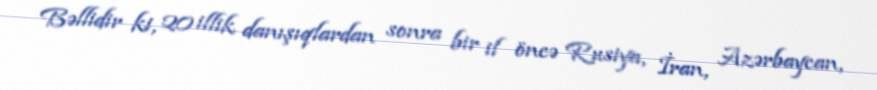
Bəllidir ki, 20 illik danışıqlardan sonra bir il öncə Rusiya, İran, Azərbaycan,